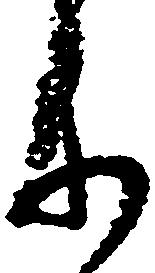
参